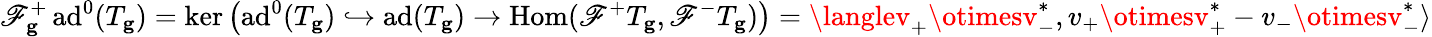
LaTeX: \mathscr{F}_{\mathbf{{g}}}^{+}\, \mathrm{{ad}}^{0}(T_{\mathbf{{g}}})=\ker\left(\mathrm{{ad}}^{0}(T_{\mathbf{{g}}})\hookrightarrow\mathrm{{ad}}(T_{\mathbf{{g}}})\to\mathrm{{Hom}}(\mathscr{F}^{+}T_{\mathbf{{g}}},\mathscr{F}^{-}T_{\mathbf{{g}}})\right)=\langlev_{+}\otimesv_{-}^{*},v_{+}\otimesv_{+}^{*}-v_{-}\otimesv_{-}^{*}\rangle